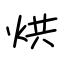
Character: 烘